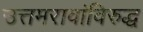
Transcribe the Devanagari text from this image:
उत्तमरावांविरुद्ध